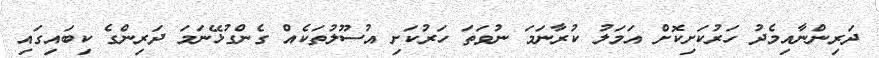
ދަރިންނާއިމެދު ހަރުކަށިކޮށް އަމަލު ކުރާނަމަ ނުވަތަ ހަރުކަށި އުސޫލުތަކެއް ގެންގުޅޭނަމަ ދަރިންގެ ކިބައިގައި